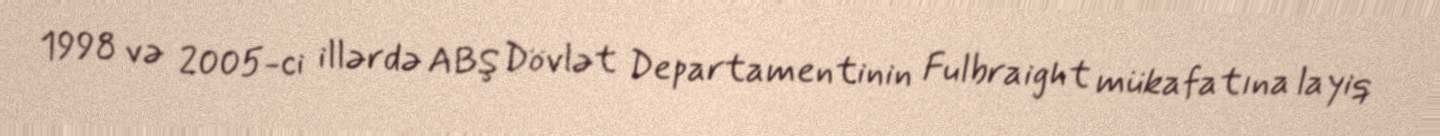
1998 və 2005-ci illərdə ABŞ Dövlət Departamentinin Fulbraight mükafatına layiq